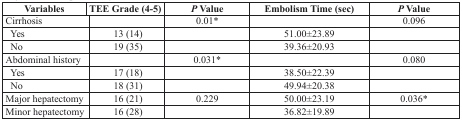
<table><thead><tr><td><b>Variables</b></td><td><b>TEE Grade (4-5)</b></td><td><b><i>P</i> Value</b></td><td><b>Embolism Time (sec)</b></td><td><b><i>P</i> Value</b></td></tr></thead><tbody><tr><td>Cirrhosis</td><td></td><td>0.01*</td><td></td><td>0.096</td></tr><tr><td>Yes</td><td>13 (14)</td><td></td><td>51.00±23.89</td><td></td></tr><tr><td>No</td><td>19 (35)</td><td></td><td>39.36±20.93</td><td></td></tr><tr><td>Abdominal history</td><td></td><td>0.031*</td><td></td><td>0.080</td></tr><tr><td>Yes</td><td>17 (18)</td><td></td><td>38.50±22.39</td><td></td></tr><tr><td>No</td><td>18 (31)</td><td></td><td>49.94±20.38</td><td></td></tr><tr><td>Major hepatectomy</td><td>16 (21)</td><td>0.229</td><td>50.00±23.19</td><td>0.036*</td></tr><tr><td>Minor hepatectomy</td><td>16 (28)</td><td></td><td>36.82±19.89</td><td></td></tr></tbody></table>